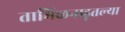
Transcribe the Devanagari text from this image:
तामिळनाडूतल्या